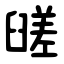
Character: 䑘